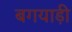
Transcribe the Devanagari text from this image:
बगयाड़ी